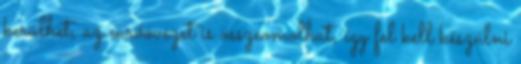
kerülhet, az euróövezet is összeomolhat, így fel kell készülni